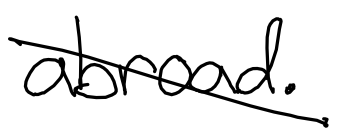
Text: abroad.
Cross-out: diagonal
Writing tool: digital_black